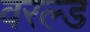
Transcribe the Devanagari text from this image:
वरल्ड